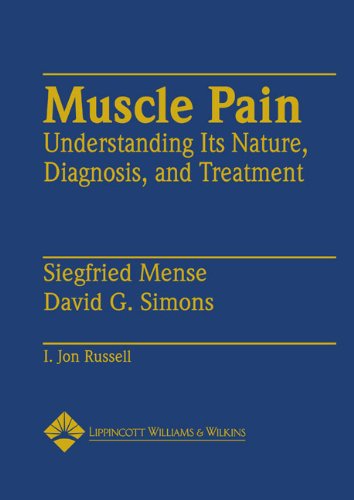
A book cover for Muscle Pain: Understanding Its Nature, Diagnosis and Treatment; Siegfried Mense Dr. Med.; Health, Fitness & Dieting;